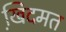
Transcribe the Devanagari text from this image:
खि़दमत